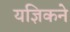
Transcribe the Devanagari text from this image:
यज्ञिकने